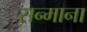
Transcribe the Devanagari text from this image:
सन्माना